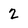
Character: 2